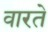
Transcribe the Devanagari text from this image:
वारते